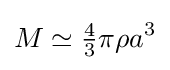
M\simeq {\tfrac {4}{3}}\pi \rho a^{3}